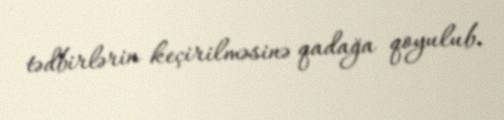
tədbirlərin keçirilməsinə qadağa qoyulub.